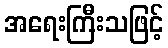
အရေးကြီးသဖြင့်